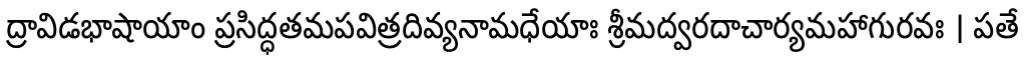
ద్రావిడభాషాయాం ప్రసిద్ధతమపవిత్రదివ్యనామధేయాః శ్రీమద్వరదాచార్యమహాగురవః । పతే